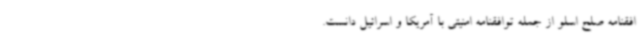
افقنامه صلح اسلو از جمله توافقنامه امنیتی با آمریکا و اسرائیل دانست.